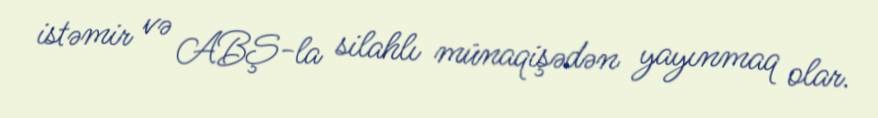
istəmir və ABŞ-la silahlı münaqişədən yayınmaq olar.